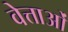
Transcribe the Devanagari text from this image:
वेत्ताओं